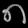
Digit: ၈